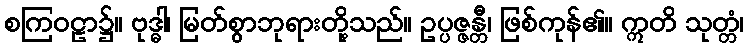
စကြဝဠာ၌။ ဗုဒ္ဓါ၊ မြတ်စွာဘုရားတို့သည်။ ဥပ္ပဇ္ဇန္တီ၊ ဖြစ်ကုန်၏။ ဣတိ သုတ္တံ၊